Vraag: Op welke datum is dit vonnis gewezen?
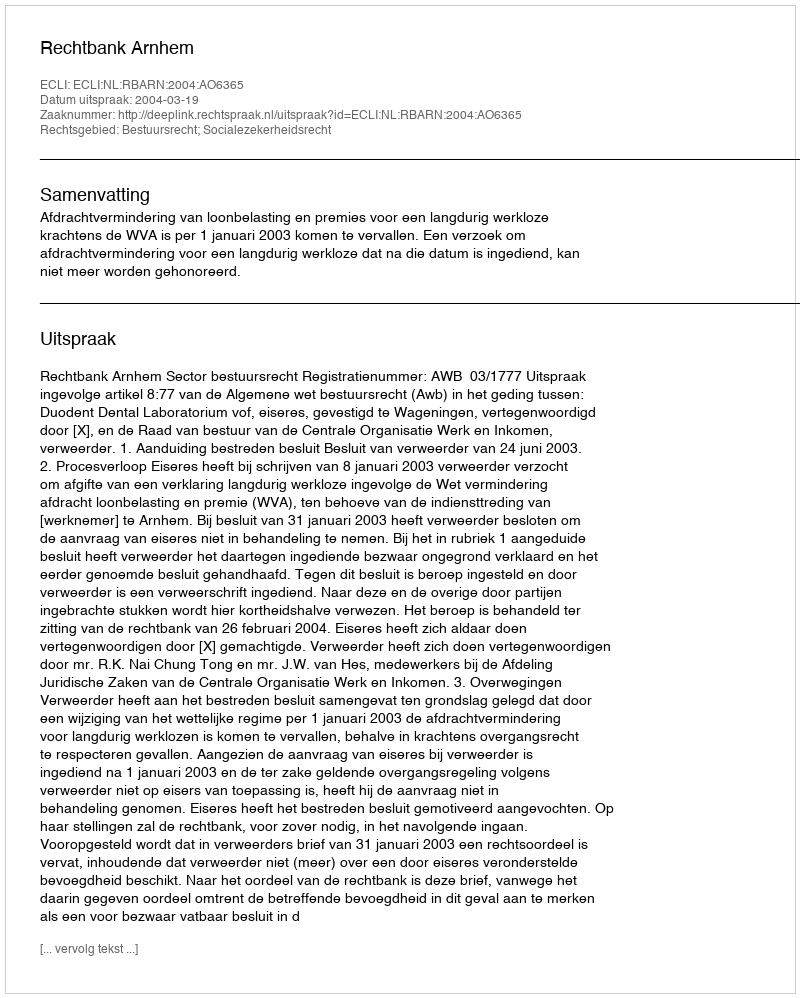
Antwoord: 2004-03-19